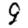
Digit: 9